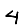
Digit: 4